Anatomy and histology of ticks - Number 23
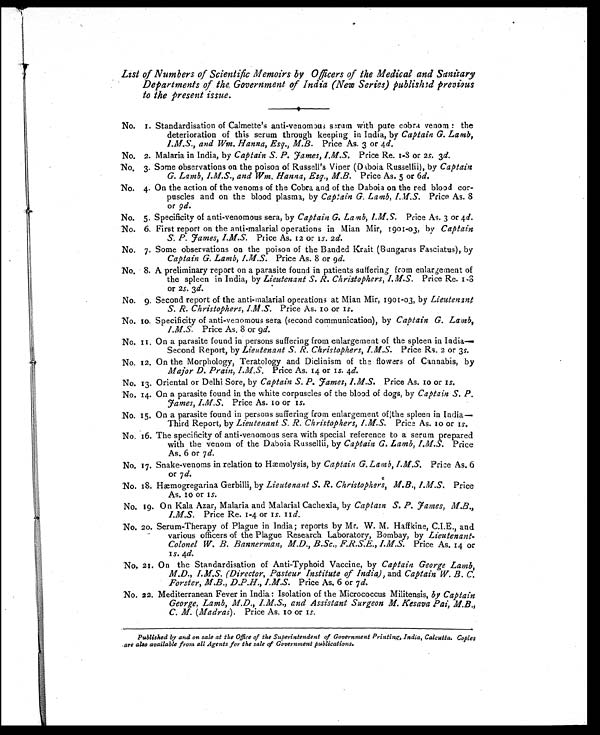
List of Numbers of Scientific Memoirs by Officers of the Medical and Sanitary
Departments of the Government of India (New Series) published previous
to the present issue.
No. 1. Standardisation of Calmette's anti-venomous serum with pure cobra venom : the
deterioration of this serum through keeping in India, by Captain G. Lamb,
I.M.S., and Wm. Hanna, Esq., M.B. Price As. 3 or 4 d.
No. 2. Malaria in India, by Captain S. P. James, I.M.S. Price Re. 1-8 or 2s. 3d.
No. 3. Some observations on the poison of Russell's Viper (Daboia Russellii), by Captain
G. Lamb, I.M.S., and Wm. Hanna, Esq., M.B. Price As. 5 or 6 d.
No. 4. On the action of the venoms of the Cobra and of the Daboia on the red blood cor-
puscles and on the blood plasma, by Captain G. Lamb, I.M.S. Price As. 8
or 9d.
No. 5. Specificity of anti-venomous sera, by Captain G. Lamb, I.M.S. Price As. 3 or 4 d.
No. 6. First report on the anti-malarial operations in Mian Mir, 1901-03, by Captain
S. P. James, I.M.S. Price As. 12 or 1s. 2 d.
No. 7. Some observations on the poison of the Banded Krait (Bungarus Fasciatus), by
Captain G. Lamb, I.M.S. Price As. 8 or 9 d.
No. 8. A preliminary report on a parasite found in patients suffering from enlargement of
the spleen in India, by Lieutenant S. R. Christophers, I.M.S. Price Re. 1-8
or 2s. 3d.
No. 9. Second report of the anti-malarial operations at Mian Mir, 1901-03, by Lieutenant
S. R. Christophers, I.M.S. Price As. 10 or 1 s.
No. 10. Specificity of anti-venomous sera (second communication), by Captain G. Lamb,
I.M.S. Price As. 8 or 9d.
No. 11. On a parasite found in persons suffering from enlargement of the spleen in India
—Second Report, by Lieutenant S. R. Christophers, I.M.S. Price Rs. 2 or 3s.
No. 12. On the Morphology, Teratology and Diclinism of the flowers of Cannabis, by
Major D. Prain, I.M.S. Price As. 14 or 1s. 4d.
No. 13. Oriental or Delhi Sore, by Captain S. P. James, I.M.S. Price As. 10 or 1s.
No. 14. On a parasite found in the white corpuscles of the blood of dogs, by Captain S. P.
James, I.M.S. Price As. 10 or 1s.
No. 15. On a parasite found in persons suffering from enlargement of the spleen in India
—Third Report, by Lieutenant S. R. Christophers, I.M.S. Price As. 10 or 1s.
No. 16. The specificity of anti-venomous sera with special reference to a serum prepared
with the venom of the Daboia Russellii, by Captain G. Lamb, I.M.S. Price
As. 6 or 7 d.
No. 17. Snake-venoms in relation to Hæmolysis, by Captain G. Lamb, I.M.S. Price As. 6
or 7 d.
No. 18. Hæmogregarina Gerbilli, by Lieutenant S. R. Christophers, M.B., I.M.S. Price
As. 10 or 1s.
No. 19. On Kala Azar, Malaria and Malarial Cachexia, by Captain S. P. James, M.B.,
I.M.S. Price Re. 1-4 or 1 s. 11d.
No. 20. Serum-Therapy of Plague in India; reports by Mr. W. M. Haffkine, C.I.E., and
various officers of the Plague Research Laboratory, Bombay, by Lieutenant
- C o l o n e l W . B . B a n n e r m a n , M . D . , B . S c . , F . R . S . E . , I . M . S .P
r i c e A s . 1 4 o r
1 s. 4d.
No. 21. On the Standardisation of Anti-Typhoid Vaccine, by Captain George Lamb,
M.D., I.M.S. (Director, Pasteur Institute of India), and Captain W. B. C.
Forster, M.B., D.P.H., I.M.S. Price As. 6 or 7 d.
No. 22. Mediterranean Fever in India : Isolation of the Micrococcus Militensis, by Captain
George, Lamb, M.D., I.M.S., and Assistant Surgeon M. Kesava Pai, M.B.,
C. M. (Madras). Price As. 10 or 1s.
Published by and on sale at the Office of the Superintendent of Government Printing, India, Calcutta. Copies
are also available from all Agents for the sale of Government publications.